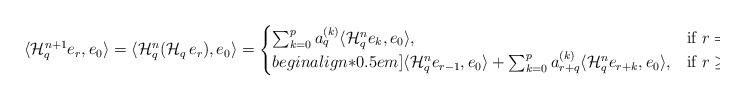
LaTeX: \begin{align*}\langle\mathcal{H}_{q}^{n+1} e_{r},e_{0}\rangle=\langle\mathcal{H}_{q}^{n}(\mathcal{H}_{q}\,e_{r}),e_{0}\rangle=\begin{cases}\sum_{k=0}^{p} a_{q}^{(k)}\langle\mathcal{H}_{q}^{n} e_{k},e_{0}\rangle, & \mbox{if}\,\,r=0,\\begin{align*}0.5em]\langle\mathcal{H}_{q}^{n} e_{r-1},e_{0}\rangle+\sum_{k=0}^{p} a_{r+q}^{(k)}\langle \mathcal{H}_{q}^{n} e_{r+k},e_{0}\rangle, & \mbox{if}\,\,r\geq 1.\end{cases}\end{align*}